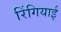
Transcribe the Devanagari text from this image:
रिंगियाई